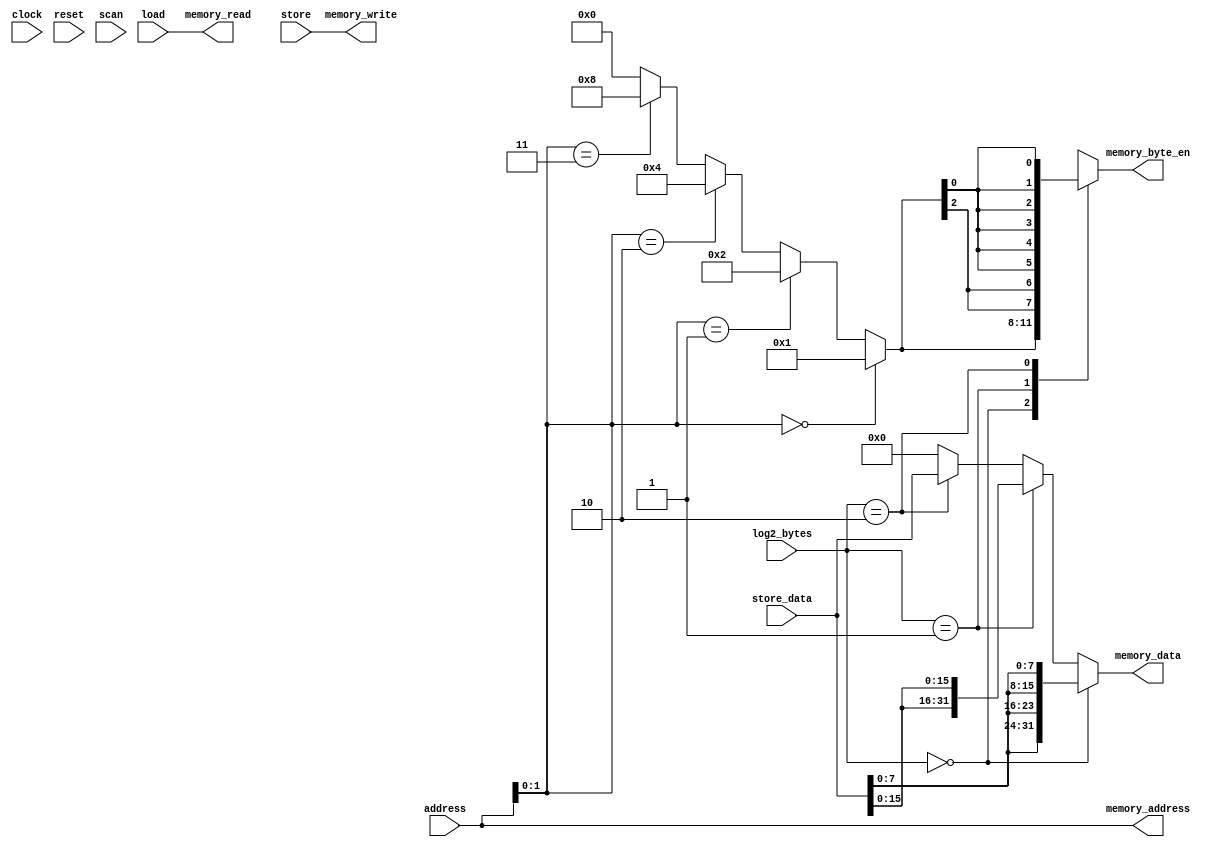
/** @module : memory_issue
 *  @author : Adaptive & Secure Computing Systems (ASCS) Laboratory

 *  Copyright (c) 2019 BRISC-V (ASCS/ECE/BU)
 *  Permission is hereby granted, free of charge, to any person obtaining a copy
 *  of this software and associated documentation files (the "Software"), to deal
 *  in the Software without restriction, including without limitation the rights
 *  to use, copy, modify, merge, publish, distribute, sublicense, and/or sell
 *  copies of the Software, and to permit persons to whom the Software is
 *  furnished to do so, subject to the following conditions:
 *  The above copyright notice and this permission notice shall be included in
 *  all copies or substantial portions of the Software.

 *  THE SOFTWARE IS PROVIDED "AS IS", WITHOUT WARRANTY OF ANY KIND, EXPRESS OR
 *  IMPLIED, INCLUDING BUT NOT LIMITED TO THE WARRANTIES OF MERCHANTABILITY,
 *  FITNESS FOR A PARTICULAR PURPOSE AND NONINFRINGEMENT. IN NO EVENT SHALL THE
 *  AUTHORS OR COPYRIGHT HOLDERS BE LIABLE FOR ANY CLAIM, DAMAGES OR OTHER
 *  LIABILITY, WHETHER IN AN ACTION OF CONTRACT, TORT OR OTHERWISE, ARISING FROM,
 *  OUT OF OR IN CONNECTION WITH THE SOFTWARE OR THE USE OR OTHER DEALINGS IN
 *  THE SOFTWARE.
 */

module memory_issue #(
  parameter CORE            = 0,
  parameter DATA_WIDTH      = 32,
  parameter ADDRESS_BITS    = 20,
  parameter NUM_BYTES       = DATA_WIDTH/8,
  parameter LOG2_NUM_BYTES  = log2(NUM_BYTES),
  parameter SCAN_CYCLES_MIN = 0,
  parameter SCAN_CYCLES_MAX = 1000
) (
  input clock,
  input reset,

  // Execute stage interface
  input load,
  input store,
  input [ADDRESS_BITS-1:0] address,
  input [DATA_WIDTH-1:0] store_data,
  input [LOG2_NUM_BYTES-1:0] log2_bytes,

  // Memory interface
  output memory_read,
  output memory_write,
  output [NUM_BYTES-1:0] memory_byte_en,
  output [ADDRESS_BITS-1:0] memory_address,
  output [DATA_WIDTH-1:0] memory_data,

  // Scan signal
  input scan

);

//define the log2 function
function integer log2;
input integer value;
begin
  value = value-1;
  for (log2=0; value>0; log2=log2+1)
    value = value >> 1;
end
endfunction

genvar i,j;

// A one-hot encoded wire representing the least significant byte in the word
// that will be written.
wire [NUM_BYTES-1:0] base_byte;
// A wire to hold outputs of mux chain based decoder
wire [NUM_BYTES-1:0] mux_chain [NUM_BYTES:0];
// A wire to extend the base byte wire by the size needed for each possible write size.
wire [NUM_BYTES-1:0] byte_en_mask [LOG2_NUM_BYTES:0];

wire [DATA_WIDTH-1:0] byte_data;
wire [DATA_WIDTH-1:0] half_word_data;

generate
for (i=0; i<NUM_BYTES; i=i+1) begin : BASE_BYTE_DECODER
  assign mux_chain[i] = address[LOG2_NUM_BYTES-1:0] == i ? 1 << i : mux_chain[i+1];
end
endgenerate

assign mux_chain[NUM_BYTES] = 0;
assign base_byte = mux_chain[0];
/*
assign base_byte = address[LOG2_NUM_BYTES-1:0] == 0 ? 1 :
                   address[LOG2_NUM_BYTES-1:0] == 1 ? 2 :
                   address[LOG2_NUM_BYTES-1:0] == 2 ? 4 :
                   address[LOG2_NUM_BYTES-1:0] == 3 ? 8 :
                   address[LOG2_NUM_BYTES-1:0] == 4 ? 16 :
                   address[LOG2_NUM_BYTES-1:0] == 5 ? 32 :
                   address[LOG2_NUM_BYTES-1:0] == 6 ? 64 :
                   address[LOG2_NUM_BYTES-1:0] == 7 ? 128 :
                   0;
*/


// Extend the base_byte bits by the number of bits needed for each write size.
// For RV32:
//SB: byte_en_mask[0] = {base_byte[3], base_byte[2], base_byte[1], base_byte[0]}
//SH: byte_en_mask[1] = {base_byte[2], base_byte[2], base_byte[0], base_byte[0]}
//SW: byte_en_mask[3] = {base_byte[0], base_byte[0], base_byte[0], base_byte[0]}
generate
for(i=1; i<=NUM_BYTES; i=i*2) begin : BYTE_ENABLE_MASK_LOOP
  for(j=0; j<NUM_BYTES; j=j+i) begin : BYTE_ENABLE_BIT_LOOP
    assign byte_en_mask[log2(i)][j +: i] = {i{base_byte[j]}};
  end // j
end // i
endgenerate


// Create masks for each size of data to be able to write bytes, half words,
// etc. to non-word aligned addresses.
assign byte_data      = {DATA_WIDTH/8 {store_data[ 7:0]}};
assign half_word_data = {DATA_WIDTH/16{store_data[15:0]}};


assign memory_read    = load;
assign memory_write   = store;
assign memory_byte_en = byte_en_mask[log2_bytes];
assign memory_address = address;
assign memory_data    = log2_bytes == 0 ?  byte_data      : // Byte
                        log2_bytes == 1 ?  half_word_data : // Half Word
                        log2_bytes == 2 ?  store_data     : // Word
                        {DATA_WIDTH{1'b0}};


reg [31: 0] cycles;
always @ (posedge clock) begin
  cycles <= reset? 0 : cycles + 1;
  if(scan & ((cycles >= SCAN_CYCLES_MIN) & (cycles <= SCAN_CYCLES_MAX)) ) begin
    $display ("------ Core %d Memory Issue - Current Cycle %d -------", CORE, cycles);
    $display ("| Load           [%b]", load);
    $display ("| Store          [%b]", store);
    $display ("| Address        [%h]", address);
    $display ("| Store Data     [%h]", store_data);
    $display ("| Log2 Bytes     [%b]", log2_bytes);
    $display ("| Memory Read    [%b]", memory_read);
    $display ("| Memory Write   [%b]", memory_write);
    $display ("| Memory Byte En [%b]", memory_byte_en);
    $display ("| Memory Address [%h]", memory_address);
    $display ("| Memory Data    [%h]", memory_data);
    $display ("----------------------------------------------------------------------");
  end
end

always@(posedge clock) begin
  if(store && (address[0] != 1'b0) && (log2_bytes == 2'b01)) begin
    $display("Unalligned Half Word Write at %g", $time);
    $display ("| Address        [%h]", address);
  end
  if(load && (address[0] != 1'b0) && (log2_bytes == 2'b01)) begin
    $display("Unalligned Half Word Read at %g", $time);
    $display ("| Address        [%h]", address);
  end
  if(store && (address[0] != 1'b0) && (log2_bytes == 2'b10)) begin
    $display("Unalligned Half Word Write at %g", $time);
    $display ("| Address        [%h]", address);
  end
  if(load && (address[0] != 1'b0) && (log2_bytes == 2'b10)) begin
    $display("Unalligned Half Word Read at %g", $time);
    $display ("| Address        [%h]", address);
  end
end


endmodule